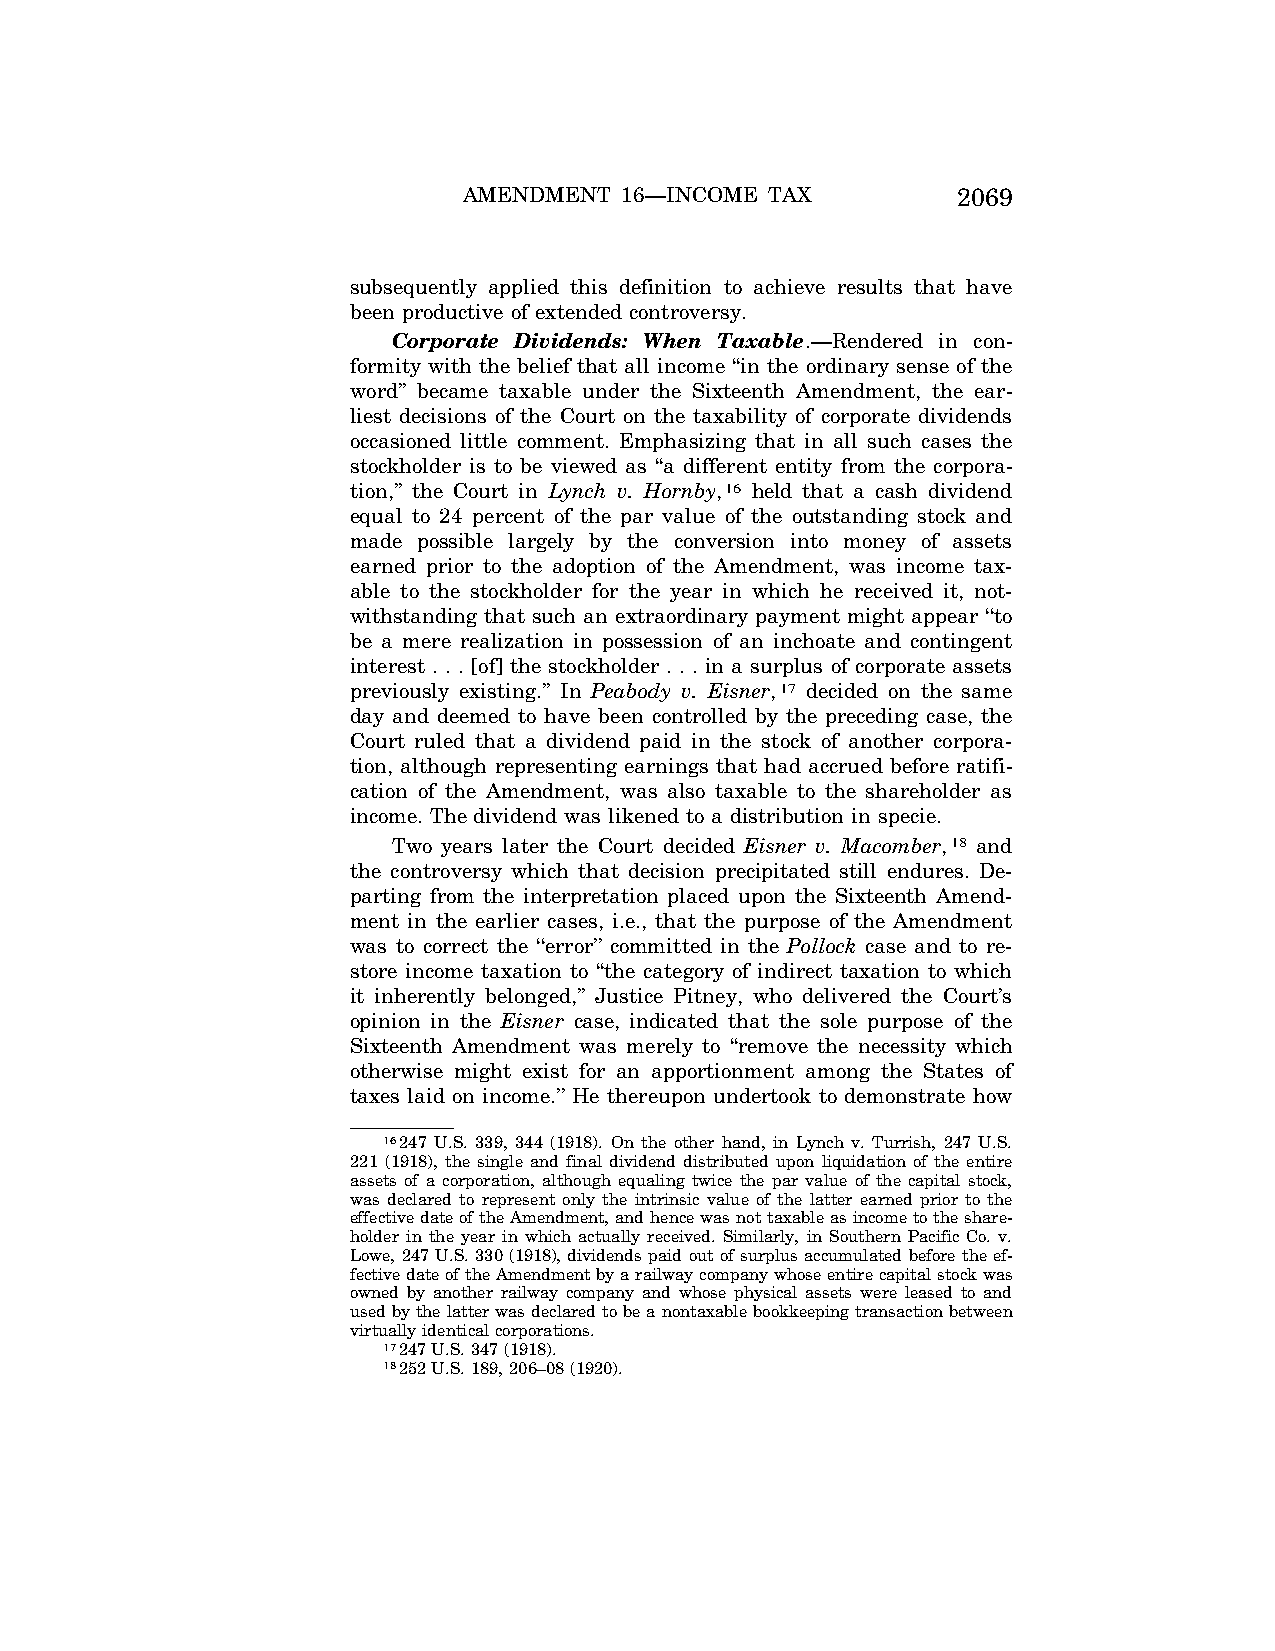
AMENDMENT 16—INCOME TAX         2069
 subsequently applied this definition to achieve results that have
 been productive of extended controversy.
 Corporate Dividends: When Taxable.—Rendered in con-
 formity with the belief that all income ‘‘in the ordinary sense of the
 word’’ became taxable under the Sixteenth Amendment, the ear-
 liest decisions of the Court on the taxability of corporate dividends
 occasioned little comment. Emphasizing that in all such cases the
 stockholder is to be viewed as ‘‘a different entity from the corpora-
 tion,’’ the Court in Lynch v. Hornby,16 held that a cash dividend
 equal to 24 percent of the par value of the outstanding stock and
 made possible largely by the conversion into money of assets
 earned prior to the adoption of the Amendment, was income tax-
 able to the stockholder for the year in which he received it, not-
 withstanding that such an extraordinary payment might appear ‘‘to
 be a mere realization in possession of an inchoate and contingent
 interest . . . [of] the stockholder . . . in a surplus of corporate assets
 previously existing.’’ In Peabody v. Eisner,17 decided on the same
 day and deemed to have been controlled by the preceding case, the
 Court ruled that a dividend paid in the stock of another corpora-
 tion, although representing earnings that had accrued before ratifi-
 cation of the Amendment, was also taxable to the shareholder as
 income. The dividend was likened to a distribution in specie.
 Two years later the Court decided Eisner v. Macomber,18 and
 the controversy which that decision precipitated still endures. De-
 parting from the interpretation placed upon the Sixteenth Amend-
 ment in the earlier cases, i.e., that the purpose of the Amendment
 was to correct the ‘‘error’’ committed in the Pollock case and to re-
 store income taxation to ‘‘the category of indirect taxation to which
 it inherently belonged,’’ Justice Pitney, who delivered the Court’s
 opinion in the Eisner case, indicated that the sole purpose of the
 Sixteenth Amendment was merely to ‘‘remove the necessity which
 otherwise might exist for an apportionment among the States of
 taxes laid on income.’’ He thereupon undertook to demonstrate how
 16247 U.S. 339, 344 (1918). On the other hand, in Lynch v. Turrish, 247 U.S.
 221 (1918), the single and final dividend distributed upon liquidation of the entire
 assets of a corporation, although equaling twice the par value of the capital stock,
 was declared to represent only the intrinsic value of the latter earned prior to the
 effective date of the Amendment, and hence was not taxable as income to the share-
 holder in the year in which actually received. Similarly, in Southern Pacific Co. v.
 Lowe, 247 U.S. 330 (1918), dividends paid out of surplus accumulated before the ef-
 fective date of the Amendment by a railway company whose entire capital stock was
 owned by another railway company and whose physical assets were leased to and
 used by the latter was declared to be a nontaxable bookkeeping transaction between
 virtually identical corporations.
 17247 U.S. 347 (1918).
 18252 U.S. 189, 206–08 (1920).
 VerDate Apr<15>2004 11:21 Jun 28, 2004 Jkt 077500 PO 00000 Frm 00003 Fmt 8222 Sfmt 8222 C:\CONAN\CON050.SGM PRFM99 PsN: CON050